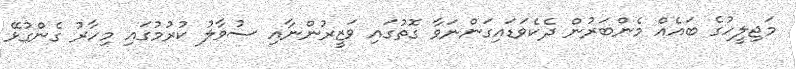
މަޖިލީހުގެ ބައެއް މެންބަރުން ދެކެވަޑައިގަންނަވާ ގޮތުގައި ވަޒީރުންނާއި ސުވާލު ކުރުމުގައި މިހާރު ގެންގުޅޭ